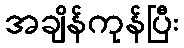
အချိန်ကုန်ပြီး